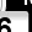
Digit: 6